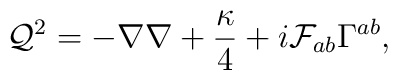
{\cal Q}^2=-\nabla\nabla+\frac{\kappa}{4}+i{\cal F}_{ab}\Gamma^{ab},